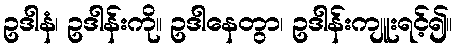
ဥဒါနံ၊ ဥဒါန်းကို။ ဥဒါနေတွာ၊ ဥဒါန်းကျူးရင့်၍။